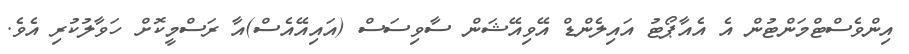
އިންވެސްޓްމަންޓުން އެ އެއާޕޯޓު އައިލެންޑް އޭވިއޭޝަން ސާވިސަސް (އައިއޭއެސް)އާ ރަސްމީކޮށް ހަވާލުކުރި އެވެ.